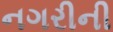
નગરીની